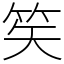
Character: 笶